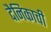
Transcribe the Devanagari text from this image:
दैनिकाची